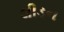
લીડન